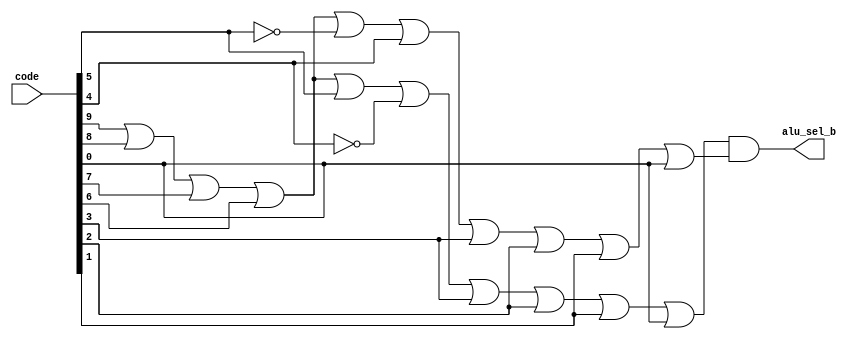
module ALUSelB (code, alu_sel_b);
input [9:0] code;
output alu_sel_b;

    // Assign com expresso derivada da funo
    assign alu_sel_b = (code[9]|code[8]|code[7]|code[6]|code[5]|~code[4]|code[3]|code[2]|code[1]|code[0]) & (code[9]|code[8]|code[7]|code[6]|~code[5]|code[4]|code[3]|code[2]|code[1]|code[0]);

endmodule